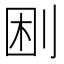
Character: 𠜠